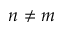
n \neq m